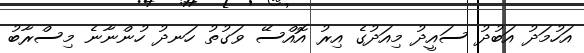
އަހުމަދު އަބުދު ސައީދު މިއަދުގެ އިރު އޮއްސޭ ވަގުތު ހަނދު ހުންނާނެ މިސްރާބު